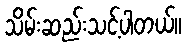
သိမ်းဆည်းသင့်ပါတယ်။